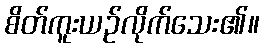
စိတ်ကူးယဉ်လိုက်သေး၏။